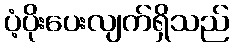
ပံ့ပိုးပေးလျက်ရှိသည်